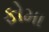
ફોમા